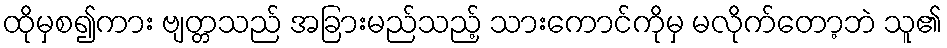
ထိုမှစ၍ကား ဗျတ္တသည် အခြားမည်သည့် သားကောင်ကိုမှ မလိုက်တော့ဘဲ သူ၏